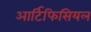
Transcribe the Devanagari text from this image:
आर्टिफिसियल